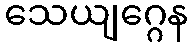
သေယျဂ္ဂေန